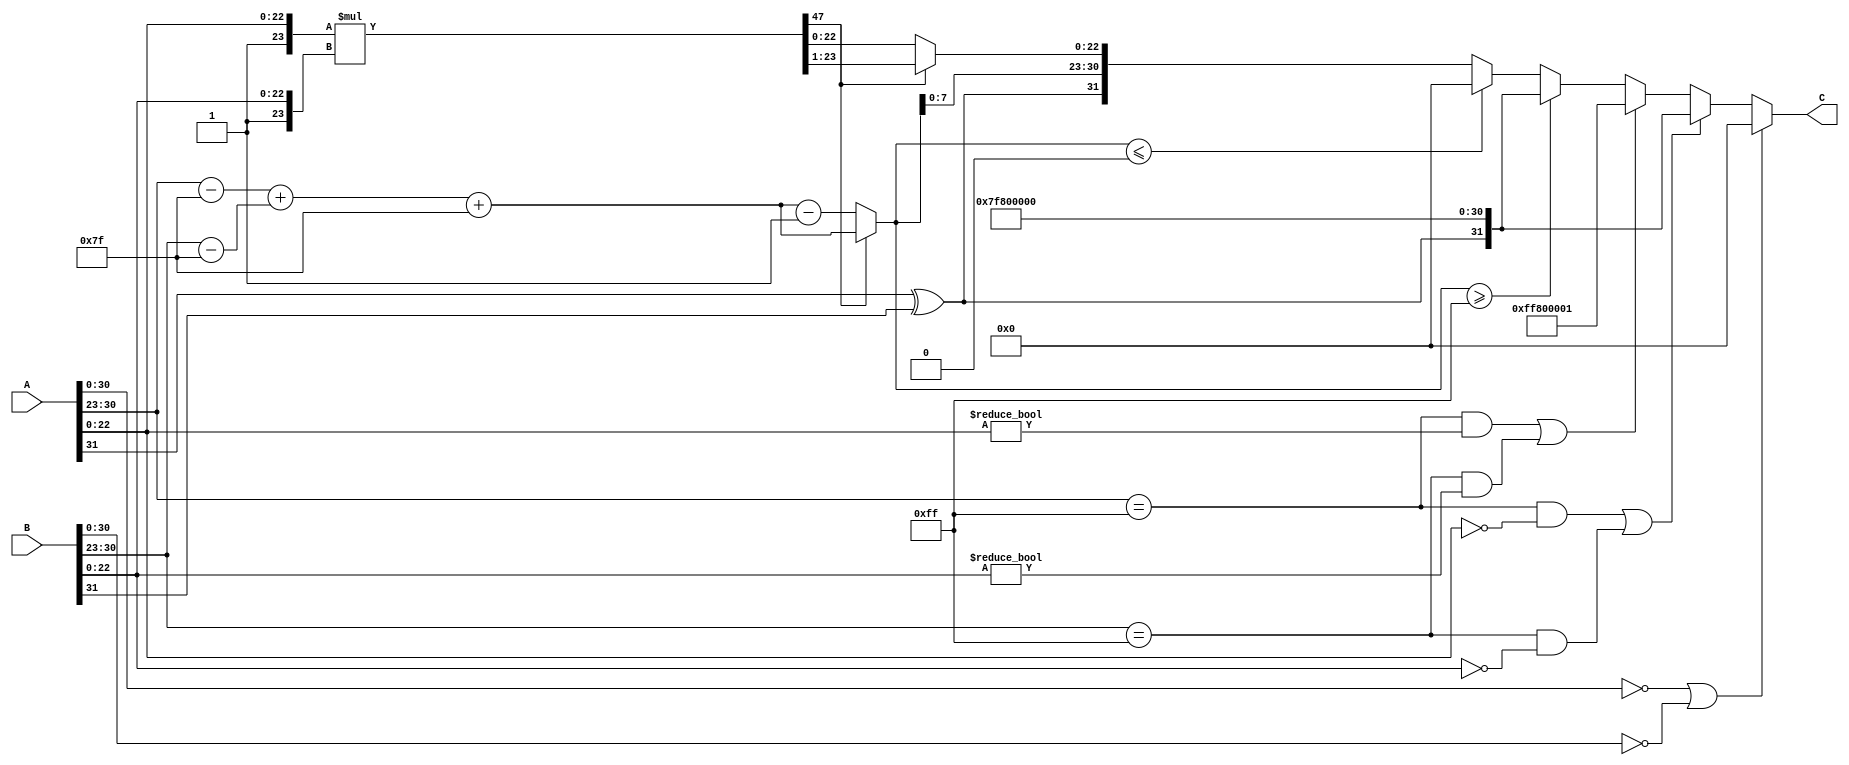
module floating_point_multiplier (
    input wire [31:0] A, // First floating-point number
    input wire [31:0] B, // Second floating-point number
    output reg [31:0] C  // Result of multiplication
);

    // Constants
    localparam EXPONENT_BIAS = 127;
    localparam EXPONENT_WIDTH = 8;
    localparam MANTISSA_WIDTH = 23;

    // Wire declarations
    wire sign_A = A[31];
    wire sign_B = B[31];
    wire [EXPONENT_WIDTH-1:0] exponent_A = A[30:23];
    wire [EXPONENT_WIDTH-1:0] exponent_B = B[30:23];
    wire [MANTISSA_WIDTH-1:0] mantissa_A = A[22:0];
    wire [MANTISSA_WIDTH-1:0] mantissa_B = B[22:0];

    // Handle special cases
    wire is_zero_A = (A[30:0] == 0);
    wire is_zero_B = (B[30:0] == 0);
    wire is_inf_A = (exponent_A == 8'hFF) && (mantissa_A == 0);
    wire is_inf_B = (exponent_B == 8'hFF) && (mantissa_B == 0);
    wire is_nan_A = (exponent_A == 8'hFF) && (mantissa_A != 0);
    wire is_nan_B = (exponent_B == 8'hFF) && (mantissa_B != 0);

    // Result sign
    wire result_sign = sign_A ^ sign_B;

    // Exponent calculation
    wire [EXPONENT_WIDTH:0] exp_A = exponent_A - EXPONENT_BIAS; // Adjusted exponent A
    wire [EXPONENT_WIDTH:0] exp_B = exponent_B - EXPONENT_BIAS; // Adjusted exponent B
    wire [EXPONENT_WIDTH:0] result_exponent = exp_A + exp_B + EXPONENT_BIAS; // Adjusted result exponent

    // Mantissa calculation
    wire [MANTISSA_WIDTH+1:0] normalized_mantissa_A = {1'b1, mantissa_A}; // Add implicit leading 1
    wire [MANTISSA_WIDTH+1:0] normalized_mantissa_B = {1'b1, mantissa_B}; // Add implicit leading 1
    wire [2*MANTISSA_WIDTH+2:0] mantissa_result = normalized_mantissa_A * normalized_mantissa_B; // Mantissa multiplication

    // Normalization
    reg [MANTISSA_WIDTH+1:0] final_mantissa;
    reg [EXPONENT_WIDTH:0] final_exponent;

    always @(*) begin
        if (is_zero_A || is_zero_B) begin
            // If either input is zero, result is zero
            C = 32'b0;
        end else if (is_inf_A || is_inf_B) begin
            // If either input is infinity, result is infinity
            C = {result_sign, 8'hFF, 23'b0};
        end else if (is_nan_A || is_nan_B) begin
            // If either input is NaN, result is NaN
            C = {1'b1, 8'hFF, 23'b1}; // Example NaN representation
        end else begin
            // Normalization of the result mantissa
            if (mantissa_result[2*MANTISSA_WIDTH+2]) begin
                // If the result is >= 2, shift right
                final_mantissa = mantissa_result[2*MANTISSA_WIDTH+1:2];
                final_exponent = result_exponent + 1;
            end else if (mantissa_result[2*MANTISSA_WIDTH+1]) begin
                // If the result is in normalized range [1, 2)
                final_mantissa = mantissa_result[2*MANTISSA_WIDTH+1:1];
                final_exponent = result_exponent;
            end else begin
                // If the result is < 1, shift left
                final_mantissa = mantissa_result[2*MANTISSA_WIDTH:0];
                final_exponent = result_exponent - 1;
            end
            
            // Check for overflow and underflow
            if (final_exponent >= 8'hFF) begin
                // Overflow to infinity
                C = {result_sign, 8'hFF, 23'b0};
            end else if (final_exponent <= 0) begin
                // Underflow to zero
                C = 32'b0;
            end else begin
                // Final result construction
                C = {result_sign, final_exponent[EXPONENT_WIDTH-1:0], final_mantissa[MANTISSA_WIDTH-1:0]};
            end
        end
    end
endmodule